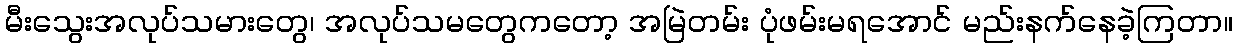
မီးသွေးအလုပ်သမားတွေ၊ အလုပ်သမတွေကတော့ အမြဲတမ်း ပုံဖမ်းမရအောင် မည်းနက်နေခဲ့ကြတာ။